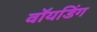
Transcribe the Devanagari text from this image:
वॉयडिंग